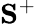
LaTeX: \mathbf{S}^{+}